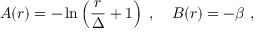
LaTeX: A ( r ) = - \ln \left( { \frac { r } { \Delta } } + 1 \right) ~ , ~ ~ ~ B ( r ) = - \beta ~ ,